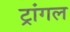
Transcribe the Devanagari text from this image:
ट्रांगल